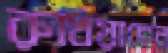
রুখিয়াছেন